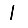
Digit: 1